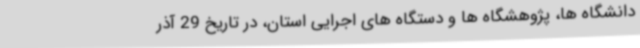
دانشگاه ها، پژوهشگاه ها و دستگاه های اجرایی استان، در تاریخ 29 آذر